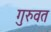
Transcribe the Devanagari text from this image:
गुरुवत